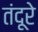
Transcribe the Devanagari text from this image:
तंदूरे